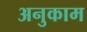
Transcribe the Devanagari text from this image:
अनुकाम